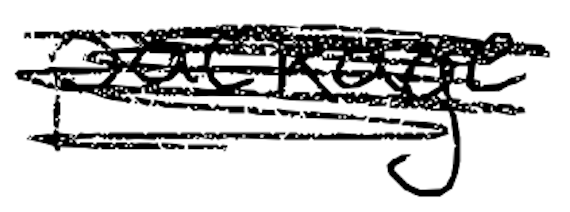
Text: package
Cross-out: mix
Writing tool: digital_black